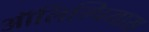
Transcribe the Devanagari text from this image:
ऑलिम्पियास